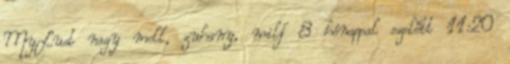
MyLust nagy mell, zuhany, milf 8 hónappal ezelőtt 11:20